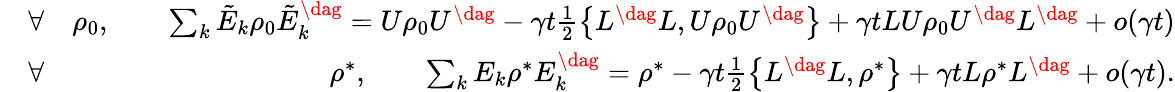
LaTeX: \begin{array}{rlr}&{\forall}&{\rho_{0},\qquad\sum_{k}\tilde{E}_{k}\rho_{0}\tilde{E}_{k}^{\dag}=U\rho_{0}U^{\dag}-\gamma t\frac{1}{2}\left\{ L^{\dag}L,U\rho_{0}U^{\dag}\right\} +\gamma tLU\rho_{0}U^{\dag}L^{\dag}+o(\gamma t)}\\ &{\forall}&{\rho^{*},\qquad\sum_{k}E_{k}\rho^{*}E_{k}^{\dag}=\rho^{*}-\gamma t\frac{1}{2}\left\{ L^{\dag}L,\rho^{*}\right\} +\gamma tL\rho^{*}L^{\dag}+o(\gamma t).}\end{array}